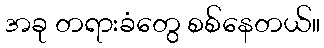
အခု တရားခံတွေ စစ်နေတယ်။